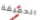
الحقيقة